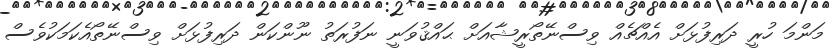
މަންމަ ހުރީީ ދަރިފުޅަށް އެއްޗެއް ވިސްނޭތޯރީޝާއަށް ޙައްޤުވަނީ ނަފުރަތު ނޫންކަން ދަރިފުޅަށް ވިސްނޭތޯއެކަމަކުވެސް